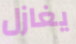
يغازل